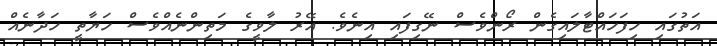
އަތުގައި ހިފަހައްޓާލައިގެން ރޯންވެސް ނޭގިފައި އިނެވެ. އޭރު ލާވީގެ މަތިންނެއްވެސް ހަޔާތީ ހަދާނެއް